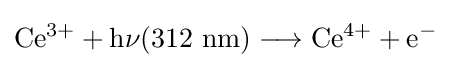
\mathrm {Ce^{3+}+h\nu (312\ \mathrm {nm} )\longrightarrow Ce^{4+}+e^{-}}